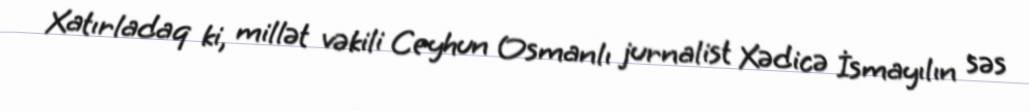
Xatırladaq ki, millət vəkili Ceyhun Osmanlı jurnalist Xədicə İsmayılın səs